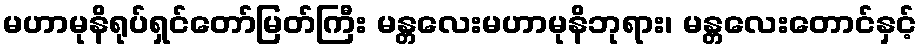
မဟာမုနိရုပ်ရှင်တော်မြတ်ကြီး မန္တလေးမဟာမုနိဘုရား၊ မန္တလေးတောင်နှင့်